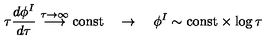
\tau \frac { d \phi ^ { I } } { d \tau } \stackrel { \tau \to \infty } { \longrightarrow } \mathrm { c o n s t } \quad \rightarrow \quad \phi ^ { I } \sim \mathrm { c o n s t } \times \log \tau